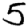
Digit: 5